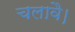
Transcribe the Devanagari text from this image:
चलावै।